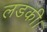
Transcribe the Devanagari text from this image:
लडकी।